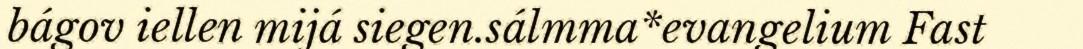
bágov iellen mijá siegen.sálmma*evangelium Fast